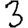
Digit: 3